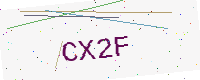
Text: CX2F